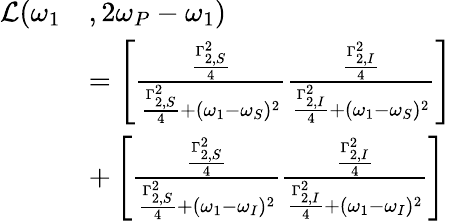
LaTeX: \begin{array}{rl}{\mathcal{L}(\omega_{1}}&{,2\omega_{P}-\omega_{1})}\\ &{=\left[\frac{\frac{\Gamma_{2,S}^{2}}{4}}{\frac{\Gamma_{2,S}^{2}}{4}+(\omega_{1}-\omega_{S})^{2}}\frac{\frac{\Gamma_{2,I}^{2}}{4}}{\frac{\Gamma_{2,I}^{2}}{4}+(\omega_{1}-\omega_{S})^{2}}\right]}\\ &{+\left[\frac{\frac{\Gamma_{2,S}^{2}}{4}}{\frac{\Gamma_{2,S}^{2}}{4}+(\omega_{1}-\omega_{I})^{2}}\frac{\frac{\Gamma_{2,I}^{2}}{4}}{\frac{\Gamma_{2,I}^{2}}{4}+(\omega_{1}-\omega_{I})^{2}}\right]}\end{array}